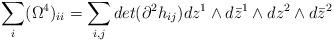
LaTeX: \begin{align*}\sum_i (\Omega^{4})_{ii}=\sum_{i,j} det(\partial^{2}h_{ij}) dz^{1} \wedge d\bar{z}^{1} \wedge dz^{2} \wedge d\bar{z}^{2} \end{align*}